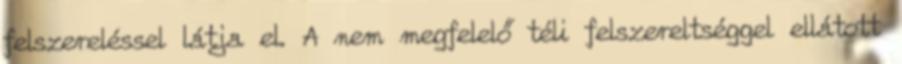
felszereléssel látja el. A nem megfelelő téli felszereltséggel ellátott